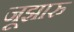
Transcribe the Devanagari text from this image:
जूझारु